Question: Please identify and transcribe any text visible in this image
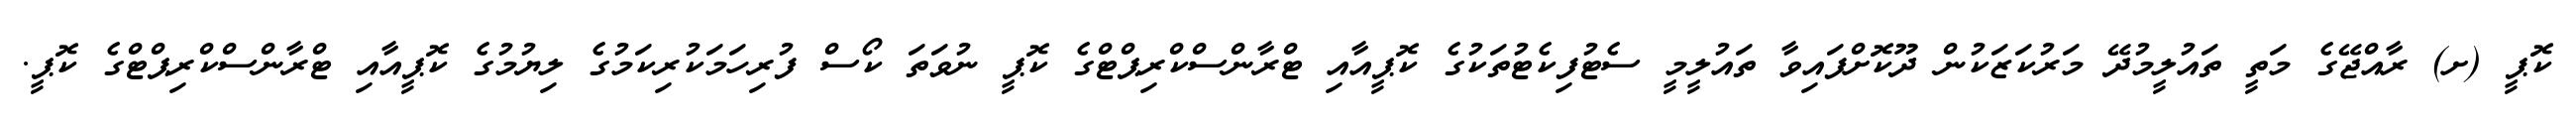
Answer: ކޮޕީ (ށ) ރާއްޖޭގެ މަތީ ތައުލީމުދޭ މަރުކަޒަކުން ދޫކޮށްފައިވާ ތައުލީމީ ސެޓުފިކެޓުތަކުގެ ކޮޕީއާއި ޓްރާންސްކްރިޕްޓްގެ ކޮޕީ ނުވަތަ ކޯސް ފުރިހަމަކުރިކަމުގެ ލިޔުމުގެ ކޮޕީއާއި ޓްރާންސްކްރިޕްޓްގެ ކޮޕީ.